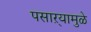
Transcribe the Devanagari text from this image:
पसाऱ्यामुळे